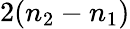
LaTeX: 2(n_{2}-n_{1})